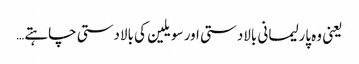
یعنی وہ پارلیمانی بالادستی اور سویلین کی بالادستی چاہتے…